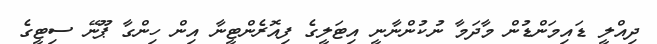
ދިއްލީ ޑައިމަންޑުން މާދަމާ ނުކުންނާނީ އިޓަލީގެ ފިއޮރެންޓީނާ އިން ހިންގާ ޕޫނޭ ސިޓީގެ